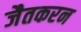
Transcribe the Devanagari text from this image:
जैतकरन